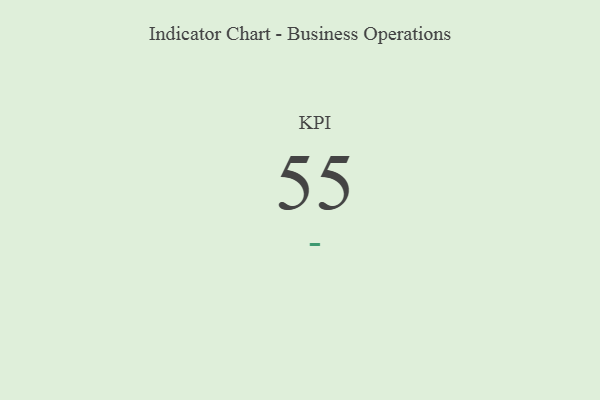
{"axis": {"x": "KPI", "y": "Value"}, "legend": [""], "data": [{"x": "KPI", "y": 55, "type": ""}]}